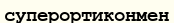
суперортиконмен